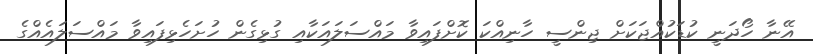
އޭނާ ހޯދަނީ ކުޑަކުއްޖަކަށް ޖިންސީ ހާނިއްކަ ކޮށްފައިވާ މައްސަލައަކާއި ގުޅިގެން ހުށަހެޅިފައިވާ މައްސަލައެއްގެ